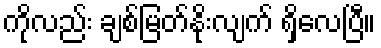
ကိုလည်း ချစ်မြတ်နိုးလျက် ရှိလေပြီ။